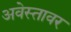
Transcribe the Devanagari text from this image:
अवेस्तावर